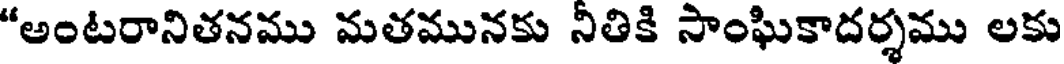
"అంటరానితనము మతమునకు నీతికి సాంఘికాదర్శము లకు